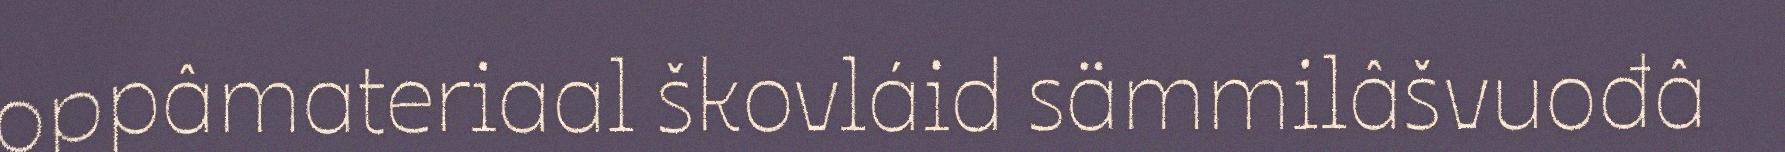
oppâmateriaal škovláid sämmilâšvuođâ